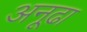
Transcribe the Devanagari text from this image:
अनूढा